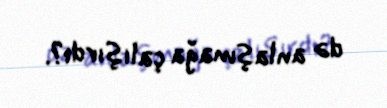
də anlaşmağa çalışırdı?.